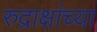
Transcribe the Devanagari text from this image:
रुद्राक्षांच्या